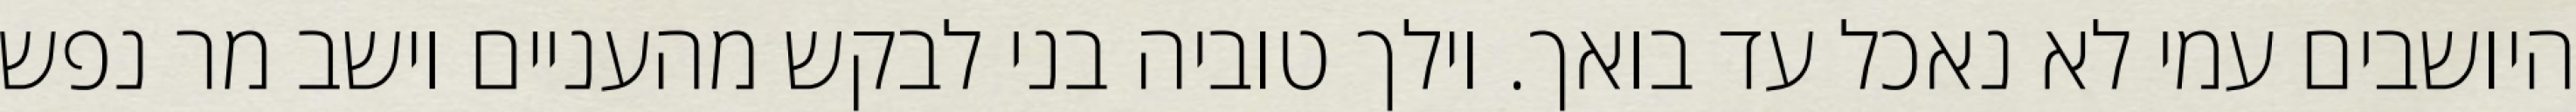
היושבים עמי לא נאכל עד בואך. וילך טוביה בני לבקש מהעניים וישב מר נפש